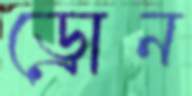
ড্রোন